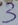
Text: 3